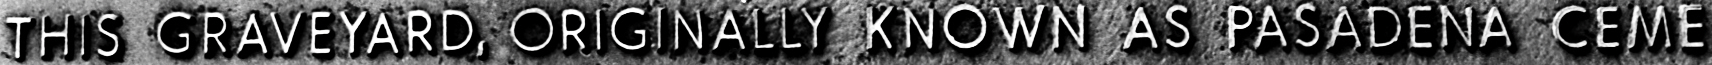
THIS GRAVEYARD, ORIGINALLY KNOWN AS PASADENA CEME